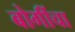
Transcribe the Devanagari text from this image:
बोगींचा